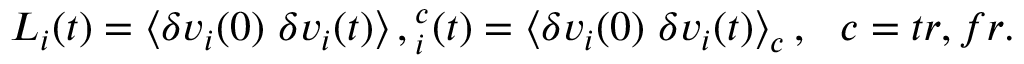
L _ { i } ( t ) = \left\langle \delta v _ { i } ( 0 ) \ \delta v _ { i } ( t ) \right\rangle , \L _ { i } ^ { c } ( t ) = \left\langle \delta v _ { i } ( 0 ) \ \delta v _ { i } ( t ) \right\rangle _ { c } , \ \ c = t r , f r . \